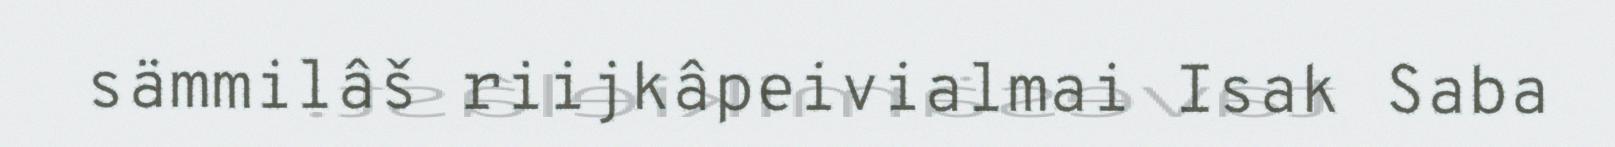
sämmilâš riijkâpeivialmai Isak Saba